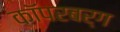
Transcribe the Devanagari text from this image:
कॉपरबर्ग